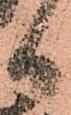
日